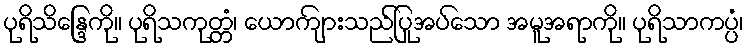
ပုရိသိန္ဒြေကို။ ပုရိသကုတ္တံ၊ ယောကျ်ားသည်ပြုအပ်သော အမူအရာကို။ ပုရိသာကပ္ပံ၊